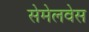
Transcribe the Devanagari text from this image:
सेमेलवेस